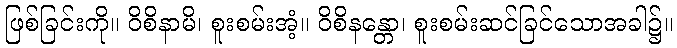
ဖြစ်ခြင်းကို။ ဝိစိနာမိ၊ စူးစမ်းအံ့။ ဝိစိနန္တော၊ စူးစမ်းဆင်ခြင်သောအခါ၌။